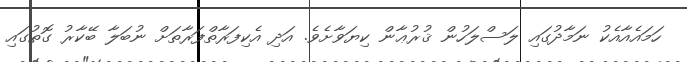
ހަމައެއާއެކު ނަމާދުގައި ލަސްލަހުން ޤުރުޢާން ކިޔަވާށެވެ. އަދި އެކިފަރާތްފަރާތަށް ނުބަލާ ބޭކާރު ގޮތުގައި